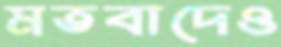
মতবাদেও